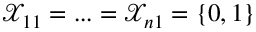
\mathcal { X } _ { 1 1 } = . . . = \mathcal { X } _ { n 1 } = \{ 0 , 1 \}